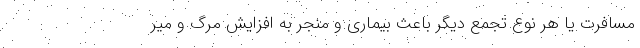
مسافرت یا هر نوع تجمع دیگر باعث بیماری و منجر به افزایش مرگ و میر